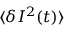
\langle \delta I ^ { 2 } ( t ) \rangle